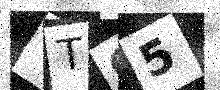
Text: YTO5